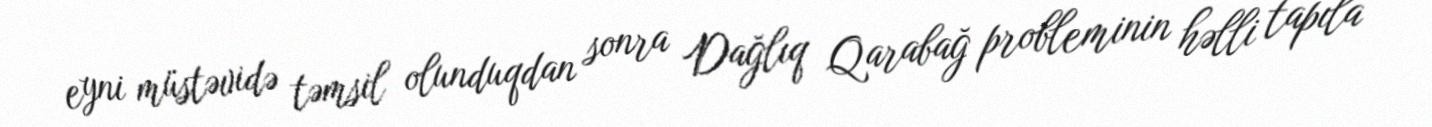
eyni müstəvidə təmsil olunduqdan sonra Dağlıq Qarabağ probleminin həlli tapıla